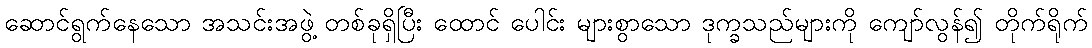
ဆောင်ရွက်နေသော အသင်းအဖွဲ့ တစ်ခုရှိပြီး ထောင် ပေါင်း များစွာသော ဒုက္ခသည်များကို ကျော်လွန်၍ တိုက်ရိုက်